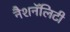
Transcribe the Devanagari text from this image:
नैशनॅलिटी